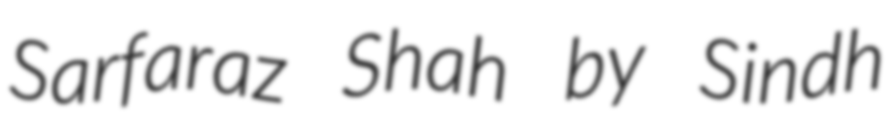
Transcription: Sarfaraz Shah by Sindh